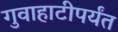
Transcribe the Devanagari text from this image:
गुवाहाटीपर्यंत